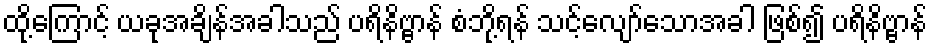
ထို့ကြောင့် ယခုအချိန်အခါသည် ပရိနိဗ္ဗာန် စံဘို့ရန် သင့်လျော်သောအခါ ဖြစ်၍ ပရိနိဗ္ဗာန်